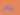
ولكن